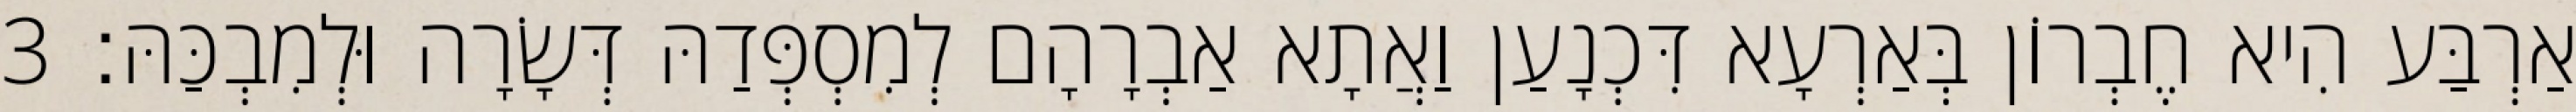
אַרְבַּע הִיא חֶבְרוֹן בְּאַרְעָא דִּכְנָעַן וַאֲתָא אַבְרָהָם לְמִסְפְּדַהּ דְּשָׂרָה וּלְמִבְכַּהּ׃ 3